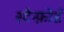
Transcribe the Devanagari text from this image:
स्टैन्फ़ोर्ड